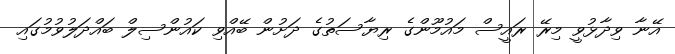
އޭނާ ވިދާޅުވީ މިރޭ ރައީސް މައުމޫންގެ ރިޔާސަތުގެ ދަށުން ބޭއްވި ކައުންސިލް ބައްދަލުވުމުގައި